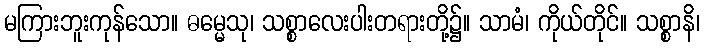
မကြားဘူးကုန်သော။ ဓမ္မေသု၊ သစ္စာလေးပါးတရားတို့၌။ သာမံ၊ ကိုယ်တိုင်။ သစ္စာနိ၊